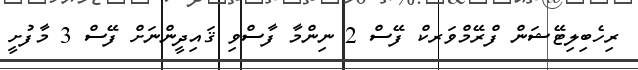
ރިހެބިލިޓޭޝަން ފްރޭމްވަރކް ފޭސް 2 ނިންމާ ފާސްވި ޤައިދީންނަށް ފޭސް 3 މާފުށީ